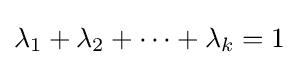
\lambda _{1}+\lambda _{2}+\cdots +\lambda _{k}=1